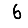
Digit: 6